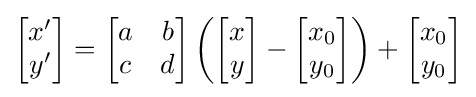
{\begin{bmatrix}x'\\y'\end{bmatrix}}={\begin{bmatrix}a&b\\c&d\end{bmatrix}}\left({\begin{bmatrix}x\\y\end{bmatrix}}-{\begin{bmatrix}x_{0}\\y_{0}\end{bmatrix}}\right)+{\begin{bmatrix}x_{0}\\y_{0}\end{bmatrix}}